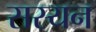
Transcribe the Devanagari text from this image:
सस्यन